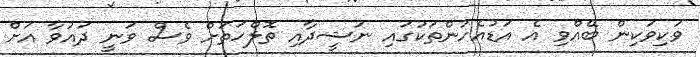
ވަކިވަކިން ބޭއްވި އެ އަޑުއެހުންތަކުގައި ނަޝީދާއި ތޮލްހަތަށް ވެސް ވަނީ ދައުވާ އަށް